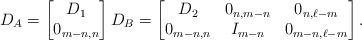
LaTeX: \begin{align*}D_A=\begin{bmatrix}D_1\\0_{m-n,n}\end{bmatrix} D_B=\begin{bmatrix} D_2& 0_{n,m-n}& 0_{n,\ell-m}\\ 0_{m-n,n} & I_{m-n}&0_{m-n,\ell-m} \end{bmatrix}.\end{align*}